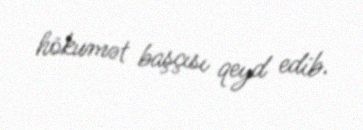
hökumət başçısı qeyd edib.